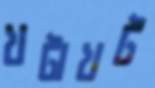
খটাখট